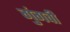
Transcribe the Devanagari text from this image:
गुंगवी